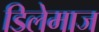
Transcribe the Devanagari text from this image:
डिलेमाज